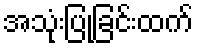
အသုံးပြုခြင်းထက်